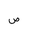
Letter: _sad